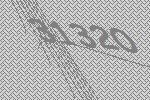
31320